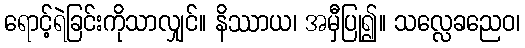
ရောင့်ရဲခြင်းကိုသာလျှင်။ နိဿာယ၊ အမှီပြု၍။ သလ္လေခညေဝ၊